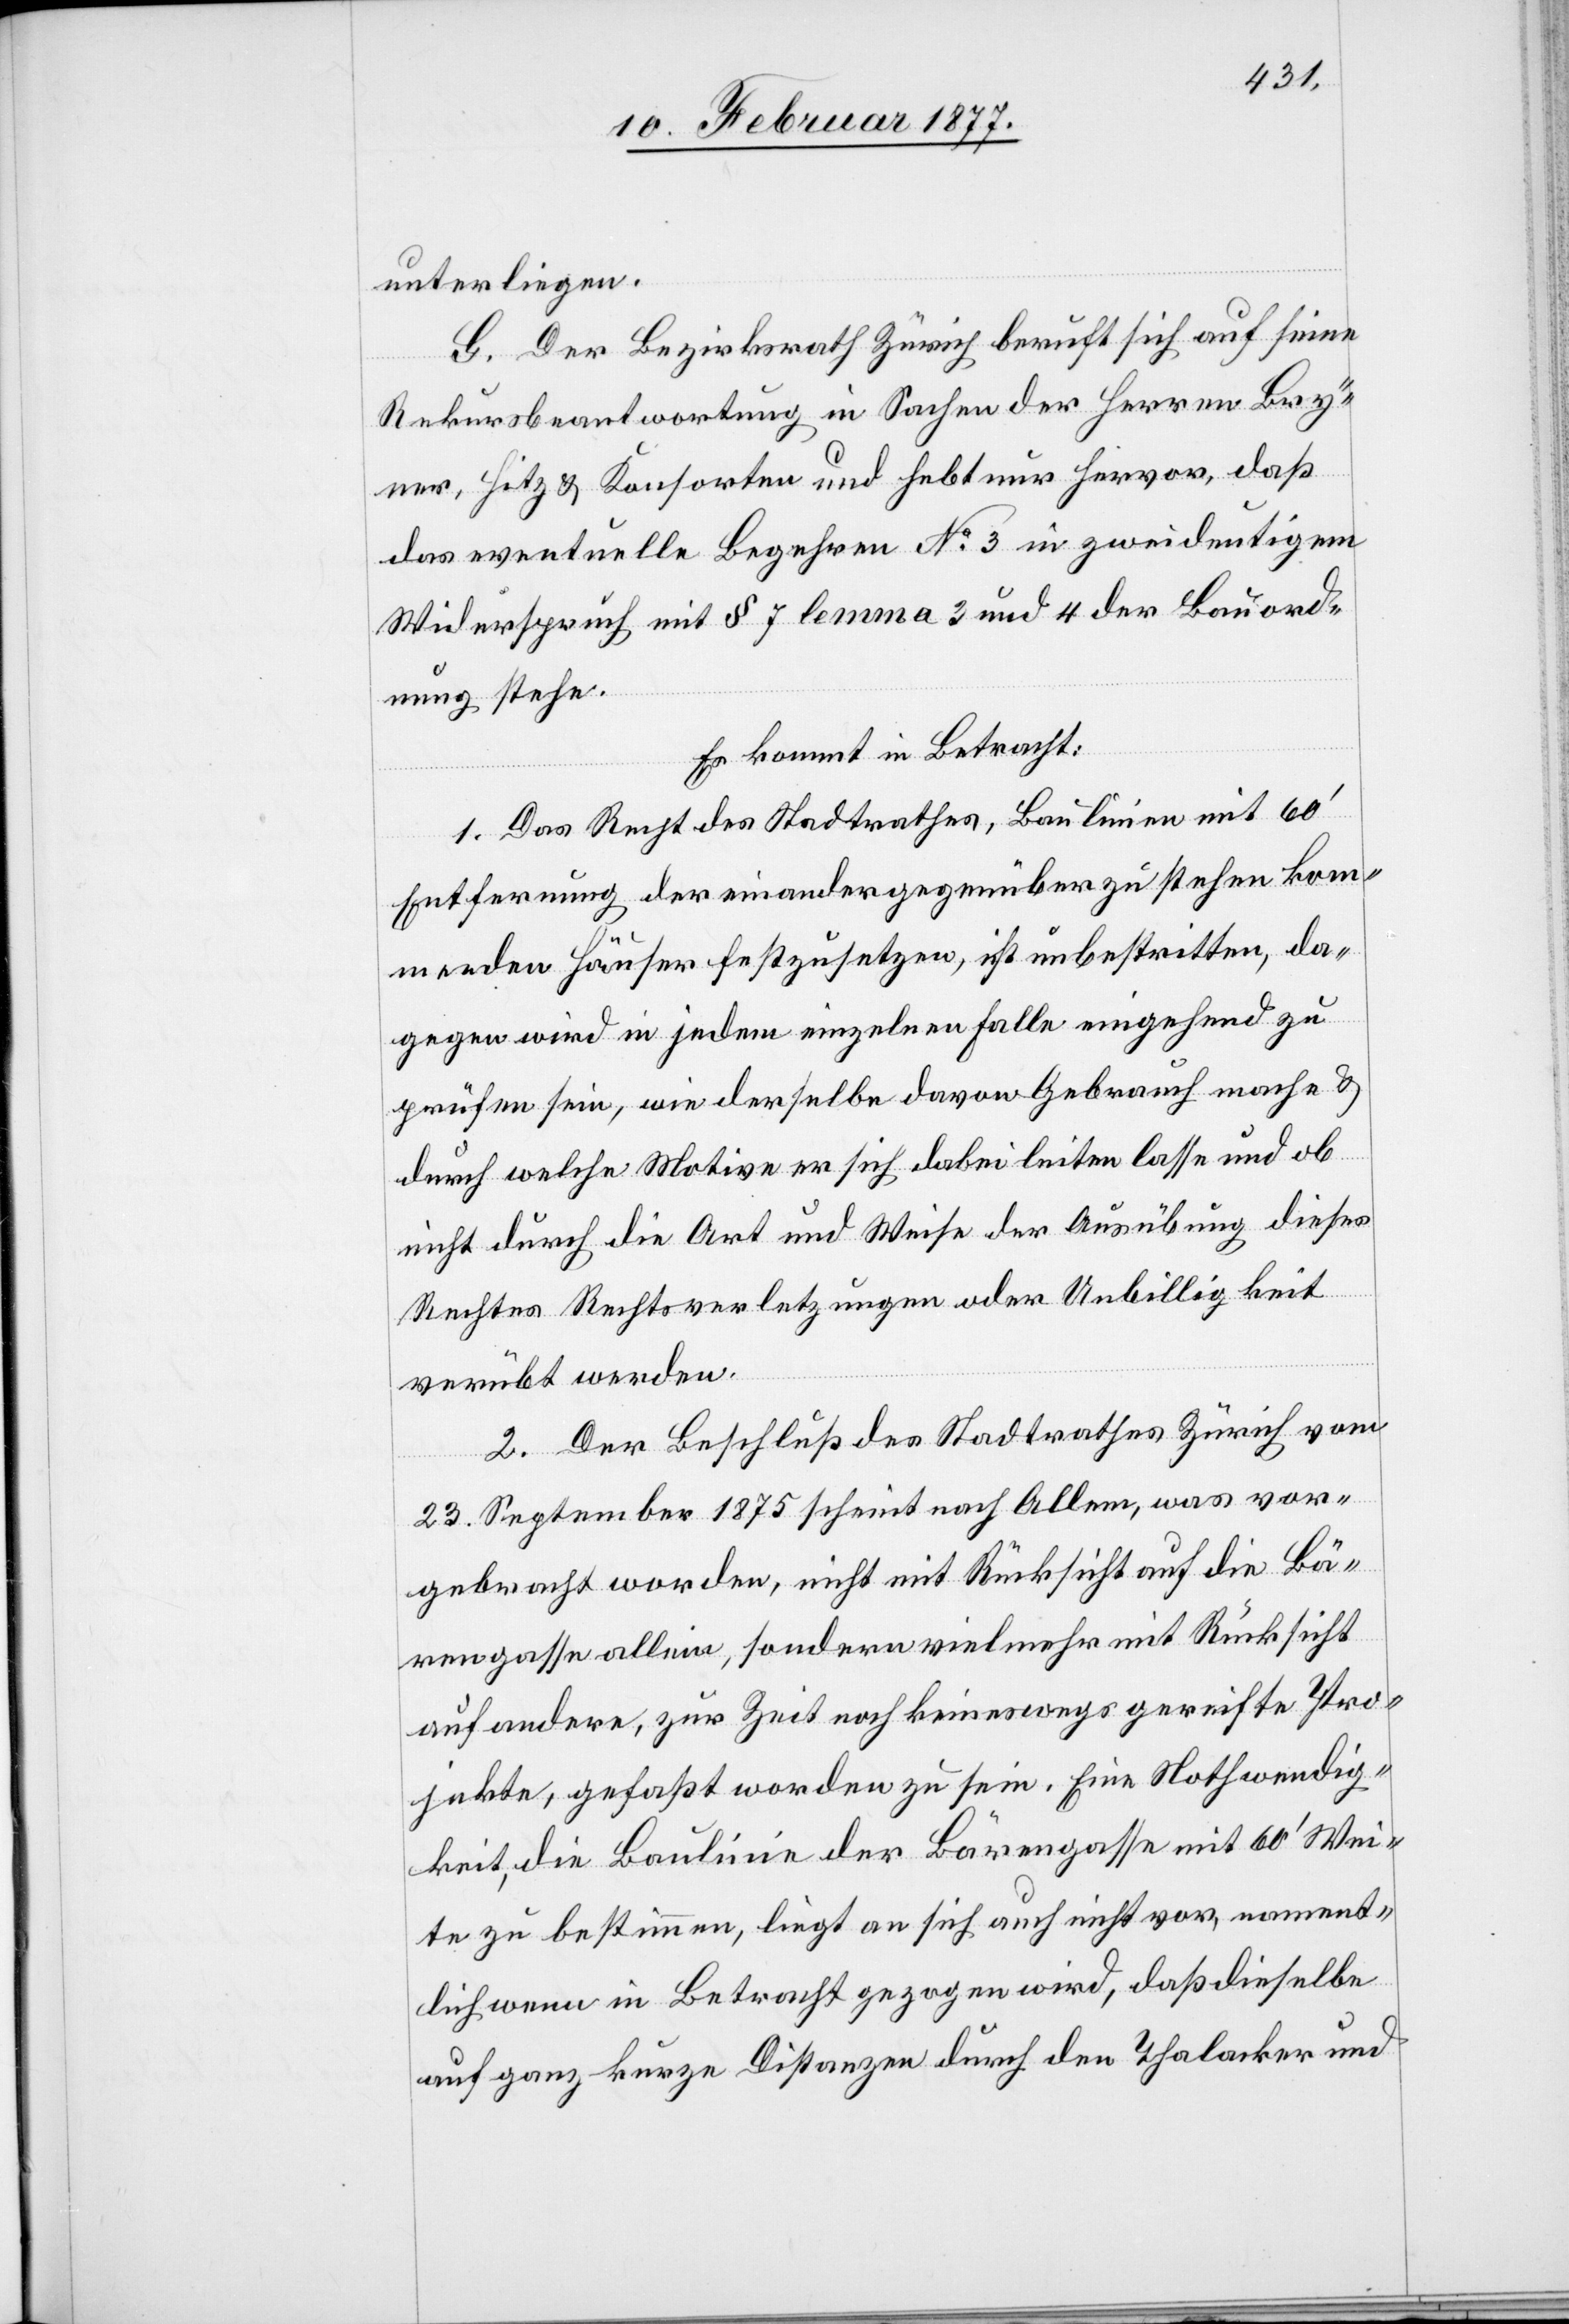
unterliegen.
G. Der Bezirksrath Zürich beruft sich auf seine
Rekursbeantwortung in Sachen der Herren Bry¬
ner, Hitz & Konsorten und hebt nur hervor, daß
das eventuelle Begehren No 3 in zweideutigem
Widerspruch mit § 7 lemma 3 und 4 der Bauord¬
nung stehe.
Es kommt in Betracht:
1. Das Recht des Stadtrathes, Baulinien mit 60’
Entfernung der einander gegenüber zu stehen kom¬
menden Häuser festzusetzen, ist unbestritten, da¬
gegen wird in jedem einzelnen Falle eingehend zu
prüfen sein, wie derselbe davon Gebrauch mache &
durch welche Motive er sich dabei leiten lasse und ob
nicht durch die Art und Weise der Ausübung dieses
Rechtes Rechtsverletzungen oder Unbilligkeit
verübt werden.
2. Der Beschluß des Stadtrathes Zürich vom
23. September 1875 scheint nach Allem, was vor¬
gebracht worden, nicht mit Rücksicht auf die Bä¬
rengasse allein, sondern vielmehr mit Rücksicht
auf andere, zur Zeit noch keineswegs gereifte Pro¬
jekte, gefaßt worden zu sein. Eine Nothwendig¬
keit, die Baulinie der Bärengasse mit 60’ Wei¬
te zu bestimmen, liegt an sich auch nicht vor, nament¬
lich wenn in Betracht gezogen wird, daß dieselbe
auf ganz kurze Distanzen durch den Thalacker und